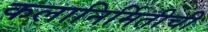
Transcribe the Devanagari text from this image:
कलानिर्मितीची